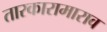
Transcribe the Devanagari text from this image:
तारकारामाराव